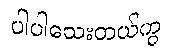
ပါပါသေးတယ်ကွ